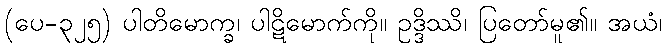
(ပေ-၃၂၅) ပါတိမောက္ခ၊ ပါဋိမောက်ကို။ ဥဒ္ဒိဿိ၊ ပြတော်မူ၏။ အယံ၊